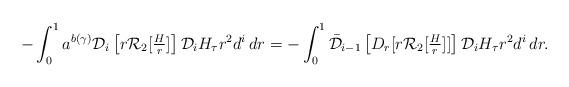
LaTeX: \begin{align*}- \int_0^1 a^{b(\gamma)} \mathcal{D}_i \left[r \mathcal{R}_2[\tfrac{H}{r}] \right] \mathcal{D}_i H_\tau r^2 d^i \, dr = - \int_0^1 \bar{\mathcal{D}}_{i-1} \left[ D_r [ r \mathcal{R}_2[\tfrac{H}{r} ] ] \right] \mathcal{D}_i H_\tau r^2 d^i \, dr.\end{align*}